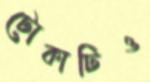
টোকাটিও